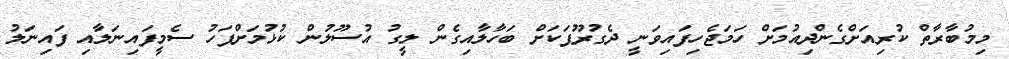
މިމުބާރާތް ކުރިއަށްގެންދިއުމަށް ހަމަޖެހިފައިވަނީ ދެގުރޫޕަކަށް ބަހާލާއިގެން ލީގު އުސޫލުން ކުޅުމަށްފަހު ސެމީފައިނަލާއި ފައިނަލު